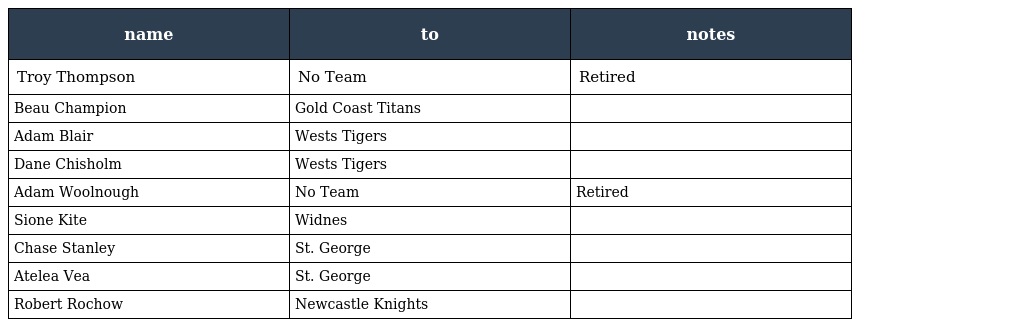
| name | to | notes |
 | --- | --- | --- |
 | Troy Thompson | No Team | Retired |
 | Beau Champion | Gold Coast Titans |  |
 | Adam Blair | Wests Tigers |  |
 | Dane Chisholm | Wests Tigers |  |
 | Adam Woolnough | No Team | Retired |
 | Sione Kite | Widnes |  |
 | Chase Stanley | St. George |  |
 | Atelea Vea | St. George |  |
 | Robert Rochow | Newcastle Knights |  |